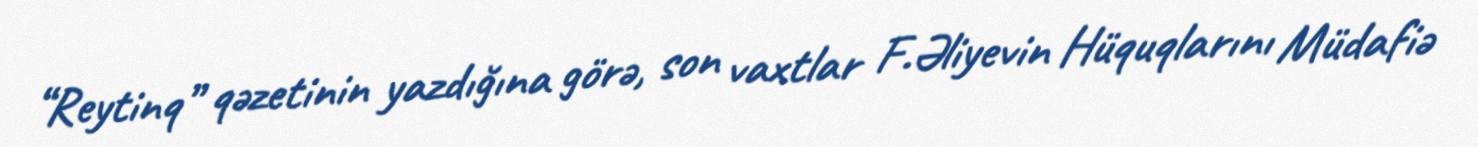
“Reytinq” qəzetinin yazdığına görə, son vaxtlar F.Əliyevin Hüquqlarını Müdafiə